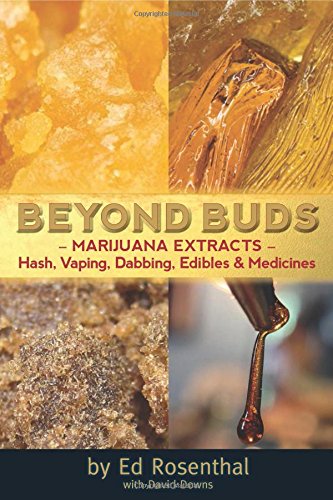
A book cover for Beyond Buds: Marijuana ExtractsEEHash, Vaping, Dabbing, Edibles and Medicines; Ed Rosenthal; Humor & Entertainment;